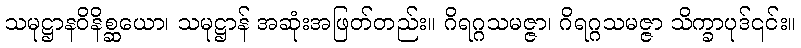
သမုဋ္ဌာနဝိနိစ္ဆယော၊ သမုဋ္ဌာန် အဆုံးအဖြတ်တည်း။ ဂိရဂ္ဂသမဇ္ဇာ၊ ဂိရဂ္ဂသမဇ္ဇာ သိက္ခာပုဒ်၎င်း။